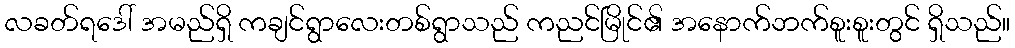
လခတ်ရဒေါ် အမည်ရှိ ကချင်ရွာလေးတစ်ရွာသည် ကညင်မြိုင်၏ အနောက်ဘက်စူးစူးတွင် ရှိသည်။